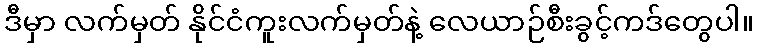
ဒီမှာ လက်မှတ် နိုင်ငံကူးလက်မှတ်နဲ့ လေယာဉ်စီးခွင့်ကဒ်တွေပါ။